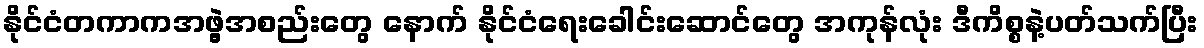
နိုင်ငံတကာကအဖွဲ့အစည်းတွေ နောက် နိုင်ငံရေးခေါင်းဆောင်တွေ အကုန်လုံး ဒီကိစ္စနဲ့ပတ်သက်ပြီး